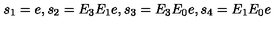
s _ { 1 } = e , s _ { 2 } = E _ { 3 } E _ { 1 } e , s _ { 3 } = E _ { 3 } E _ { 0 } e , s _ { 4 } = E _ { 1 } E _ { 0 } e